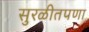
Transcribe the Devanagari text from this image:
सुरळीतपणा